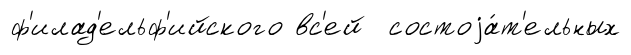
ф'илад'ельф'ийского вс'ей состоjа́т'ельных